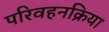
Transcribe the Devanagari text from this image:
परिवहनक्रिया